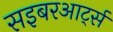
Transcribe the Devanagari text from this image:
सइबरआर्ट्स